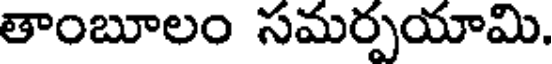
తాంబూలం సమర్పయామి.